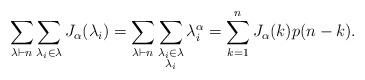
LaTeX: \begin{align*}\sum_{\lambda \vdash n}\sum_{\lambda_i \in \lambda}J_\alpha(\lambda_i)=\sum_{\lambda \vdash n}\sum_{\substack{\lambda_i \in \lambda \\ \lambda_i }} \lambda_i^\alpha=\sum_{k=1}^{n}J_{\alpha}(k)p(n-k).\end{align*}